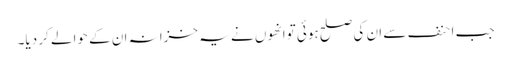
جب احنف سے ان کی صلح ہوئی توانھوں نے یہ خزانہ ان کے حوالے کر دیا۔